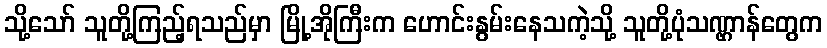
သို့သော် သူတို့ကြည့်ရသည်မှာ မြို့အိုကြီးက ဟောင်းနွမ်းနေသကဲ့သို့ သူတို့ပုံသဏ္ဌာန်တွေက